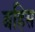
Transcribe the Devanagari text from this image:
बहिस